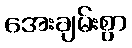
အေးချမ်းစွာ